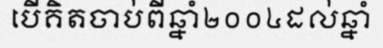
បើគិតចាប់ពីឆ្នាំ២០០៤ដល់ឆ្នាំ